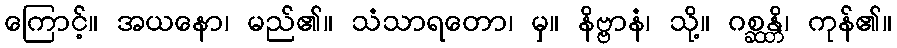
ကြောင့်။ အယနော၊ မည်၏။ သံသာရတော၊ မှ။ နိဗ္ဗာနံ၊ သို့။ ဂစ္ဆန္တိ၊ ကုန်၏။